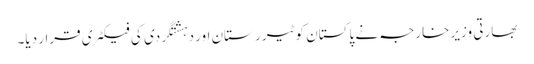
بھارتی وزیر خارجہ نے پاکستان کو ٹیرر ستان اور دہشتگردی کی فیکٹری قرار دیا۔